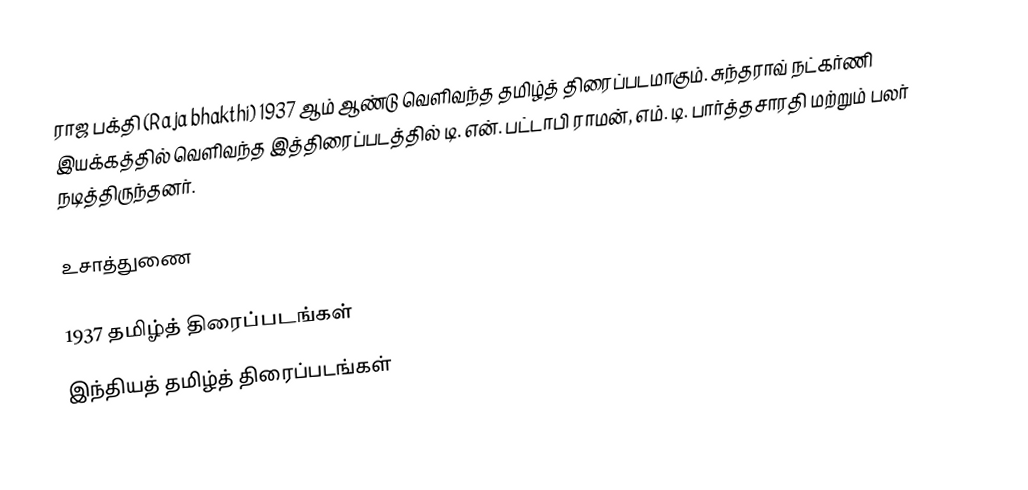
ராஜ பக்தி (Raja bhakthi) 1937 ஆம் ஆண்டு வெளிவந்த தமிழ்த் திரைப்படமாகும். சுந்தராவ் நட்கர்ணி இயக்கத்தில் வெளிவந்த இத்திரைப்படத்தில் டி. என். பட்டாபி ராமன், எம். டி. பார்த்தசாரதி மற்றும் பலர் நடித்திருந்தனர்.

உசாத்துணை

1937 தமிழ்த் திரைப்படங்கள்
இந்தியத் தமிழ்த் திரைப்படங்கள்